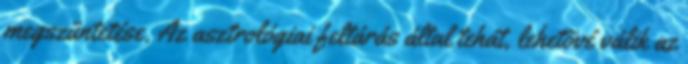
megszüntetése. Az asztrológiai feltárás által tehát, lehetõvé válik az